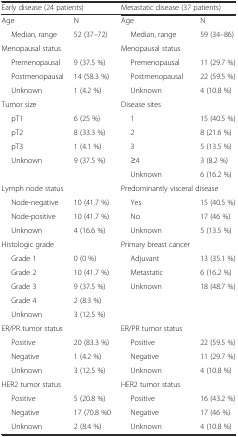
<table><thead><tr><td colspan="2"><b>Early disease (24 patients)</b></td><td colspan="2"><b>Metastatic disease (37 patients)</b></td></tr></thead><tbody><tr><td>Age</td><td>N</td><td>Age</td><td>N</td></tr><tr><td>Median, range</td><td>52 (37–72)</td><td>Median, range</td><td>59 (34–86)</td></tr><tr><td>Menopausal status</td><td></td><td>Menopausal status</td><td></td></tr><tr><td>Premenopausal</td><td>9 (37.5 %)</td><td>Premenopausal</td><td>11 (29.7 %)</td></tr><tr><td>Postmenopausal</td><td>14 (58.3 %)</td><td>Postmenopausal</td><td>22 (59.5 %)</td></tr><tr><td>Unknown</td><td>1 (4.2 %)</td><td>Unknown</td><td>4 (10.8 %)</td></tr><tr><td>Tumor size</td><td></td><td>Disease sites</td><td></td></tr><tr><td>pT1</td><td>6 (25 %)</td><td>1</td><td>15 (40.5 %)</td></tr><tr><td>pT2</td><td>8 (33.3 %)</td><td>2</td><td>8 (21.6 %)</td></tr><tr><td>pT3</td><td>1 (4.1 %)</td><td>3</td><td>5 (13.5 %)</td></tr><tr><td>Unknown</td><td>9 (37.5 %)</td><td>≥4</td><td>3 (8.2 %)</td></tr><tr><td></td><td></td><td>Unknown</td><td>6 (16.2 %)</td></tr><tr><td>Lymph node status</td><td></td><td colspan="2">Predominantly visceral disease</td></tr><tr><td>Node-negative</td><td>10 (41.7 %)</td><td>Yes</td><td>15 (40.5 %)</td></tr><tr><td>Node-positive</td><td>10 (41.7 %)</td><td>No</td><td>17 (46 %)</td></tr><tr><td>Unknown</td><td>4 (16.6 %)</td><td>Unknown</td><td>5 (13.5 %)</td></tr><tr><td>Histologic grade</td><td></td><td>Primary breast cancer</td><td></td></tr><tr><td>Grade 1</td><td>0 (0 %)</td><td>Adjuvant</td><td>13 (35.1 %)</td></tr><tr><td>Grade 2</td><td>10 (41.7 %)</td><td>Metastatic</td><td>6 (16.2 %)</td></tr><tr><td>Grade 3</td><td>9 (37.5 %)</td><td>Unknown</td><td>18 (48.7 %)</td></tr><tr><td>Grade 4</td><td>2 (8.3 %)</td><td></td><td></td></tr><tr><td>Unknown</td><td>3 (12.5 %)</td><td></td><td></td></tr><tr><td>ER/PR tumor status</td><td></td><td>ER/PR tumor status</td><td></td></tr><tr><td>Positive</td><td>20 (83.3 %)</td><td>Positive</td><td>22 (59.5 %)</td></tr><tr><td>Negative</td><td>1 (4.2 %)</td><td>Negative</td><td>11 (29.7 %)</td></tr><tr><td>Unknown</td><td>3 (12.5 %)</td><td>Unknown</td><td>4 (10.8 %)</td></tr><tr><td>HER2 tumor status</td><td></td><td>HER2 tumor status</td><td></td></tr><tr><td>Positive</td><td>5 (20.8 %)</td><td>Positive</td><td>16 (43.2 %)</td></tr><tr><td>Negative</td><td>17 (70.8 %0</td><td>Negative</td><td>17 (46 %)</td></tr><tr><td>Unknown</td><td>2 (8.4 %)</td><td>Unknown</td><td>4 (10.8 %)</td></tr></tbody></table>